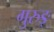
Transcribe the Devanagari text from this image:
गुरुङ्